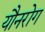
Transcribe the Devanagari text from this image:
यौनरोग